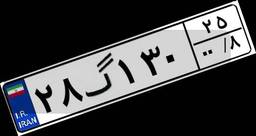
۴۳گ۲۲۸۵۷